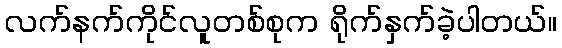
လက်နက်ကိုင်လူတစ်စုက ရိုက်နှက်ခဲ့ပါတယ်။